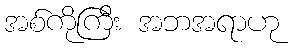
အစ်ကိုကြီး အဘအရာဟု